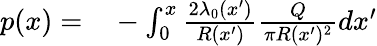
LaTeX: \begin{array}{rl}{p(x)=}&{{}-\int_{0}^{x}\frac{2\lambda_{0}(x^{\prime})}{R(x^{\prime})}\frac{Q}{\pi R(x^{\prime})^{2}}dx^{\prime}}\end{array}